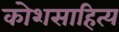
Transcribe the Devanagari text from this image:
कोशसाहित्य